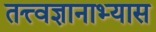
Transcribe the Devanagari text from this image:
तत्त्वज्ञानाभ्यास